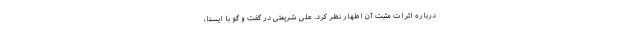
درباره اثرات مثبت آن اظهار نظر کرد. علی شریعتی در گفت و گو با ایسنا،